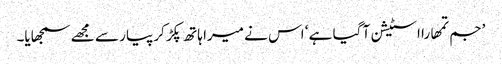
’جم تمھارا اسٹیشن آ گیا ہے ‘ اس نے میرا ہاتھ پکڑ کر پیار سے مجھے سمجھایا۔